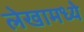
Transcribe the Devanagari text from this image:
लेखामध्येे